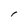
Character: I